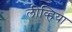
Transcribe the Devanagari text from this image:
लीव्हिया